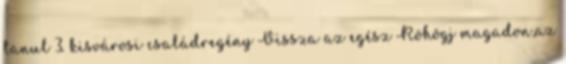
tanul 3. kisvárosi családregény Vissza az egész Röhögj magadon,az